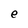
Character: e